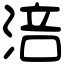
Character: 涪